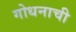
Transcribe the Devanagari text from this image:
गोधनाची